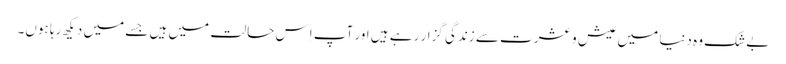
بے شک وہ دنیا میں عیش و عشرت سے زندگی گزار رہے ہیں اور آپ اِس حالت میں ہیں جسے میں دیکھ رہا ہوں۔